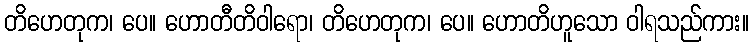
တိဟေတုက၊ ပေ။ ဟောတီတိဝါရော၊ တိဟေတုက၊ ပေ။ ဟောတိဟူသော ဝါရသည်ကား။